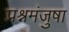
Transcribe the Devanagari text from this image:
प्रश्नमंजुषा